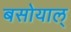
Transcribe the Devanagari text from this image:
बसोयाल्